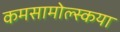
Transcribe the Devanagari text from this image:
कमसामोल्स्कया